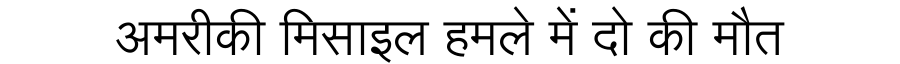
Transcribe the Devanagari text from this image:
अमरीकी मिसाइल हमले में दो की मौत